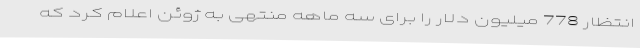
انتظار 778 میلیون دلار را برای سه ماهه منتهی به ژوئن اعلام کرد که